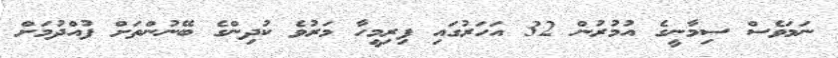
ނަމަވެސް ސިމާނީގެ އުމުރުން 32 އަހަރުގައި ފިރިމީހާ މަރުވެ ކުދިންގެ ބޭނުންތަށް ފުއްދުމަށް